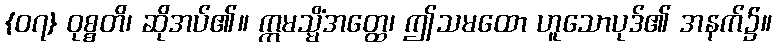
{၀၇} ဝုစ္စတိ၊ ဆိုအပ်၏။ ဣမသ္မိံအတ္ထေ၊ ဤသမထော ဟူသောပုဒ်၏ အနက်၌။